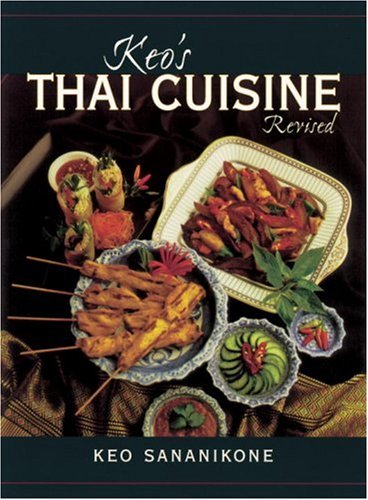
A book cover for Keo's Thai Cuisine; Keo Sananikone; Cookbooks, Food & Wine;